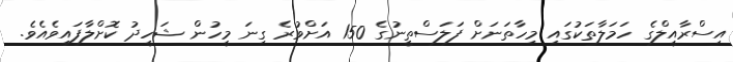
އިސްރާއީލްގެ ހަމަލާތަކުގައި މިހާތަނަށް ފަލަސްތީނުގެ 150 އަށްވުރެ ގިނަ މީހުން ޝަހީދު ކޮށްލާފައިވެއެވެ.